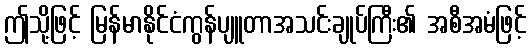
ဤသို့ဖြင့် မြန်မာနိုင်ငံကွန်ပျူတာအသင်းချုပ်ကြီး၏ အစီအမံဖြင့်